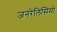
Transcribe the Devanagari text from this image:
जनरेलिसिमो